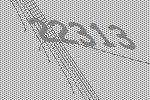
22313